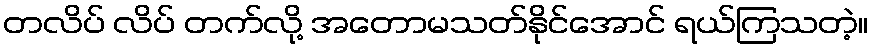
တလိပ် လိပ် တက်လို့ အတောမသတ်နိုင်အောင် ရယ်ကြသတဲ့။